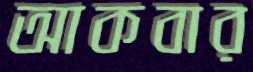
আকবার